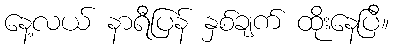
နေ့လယ် နာရီပြန် နှစ်ချက် ထိုးနေပြီ။